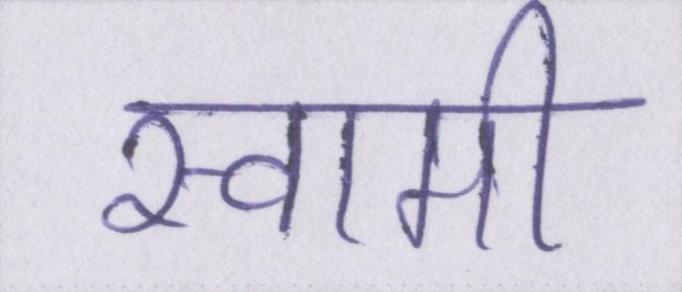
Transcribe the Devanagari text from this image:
स्वामी